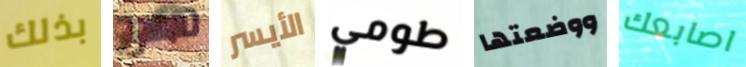
بذلك هو الأيسر طومي ووضعتها اصابعك